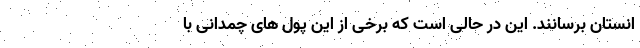
انستان برسانند. این در حالی است که برخی از این پول های چمدانی با